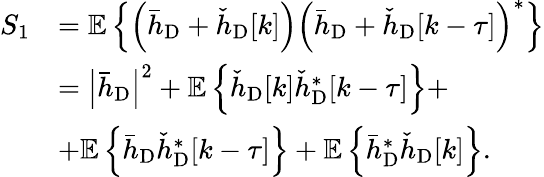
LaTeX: \begin{array}{rl}{S_{1}}&{=\mathbb{E}\left\{ \left(\bar{h}_{\mathrm{D}}+\check{h}_{\mathrm{D}}[k]\right)\left(\bar{h}_{\mathrm{D}}+\check{h}_{\mathrm{D}}[k-\tau]\right)^{*}\right\} }\\ &{=\left|\bar{h}_{\mathrm{D}}\right|^{2}+\mathbb{E}\left\{ \check{h}_{\mathrm{D}}[k]\check{h}_{\mathrm{D}}^{*}[k-\tau]\right\} +}\\ &{+\mathbb{E}\left\{ \bar{h}_{\mathrm{D}}\check{h}_{\mathrm{D}}^{*}[k-\tau]\right\} +\mathbb{E}\left\{ \bar{h}_{\mathrm{D}}^{*}\check{h}_{\mathrm{D}}[k]\right\} .}\end{array}